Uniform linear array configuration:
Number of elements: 48
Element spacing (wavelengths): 0.75
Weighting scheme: exponential
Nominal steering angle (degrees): -45
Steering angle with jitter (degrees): -43.756
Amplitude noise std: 0.05
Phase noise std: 0.05

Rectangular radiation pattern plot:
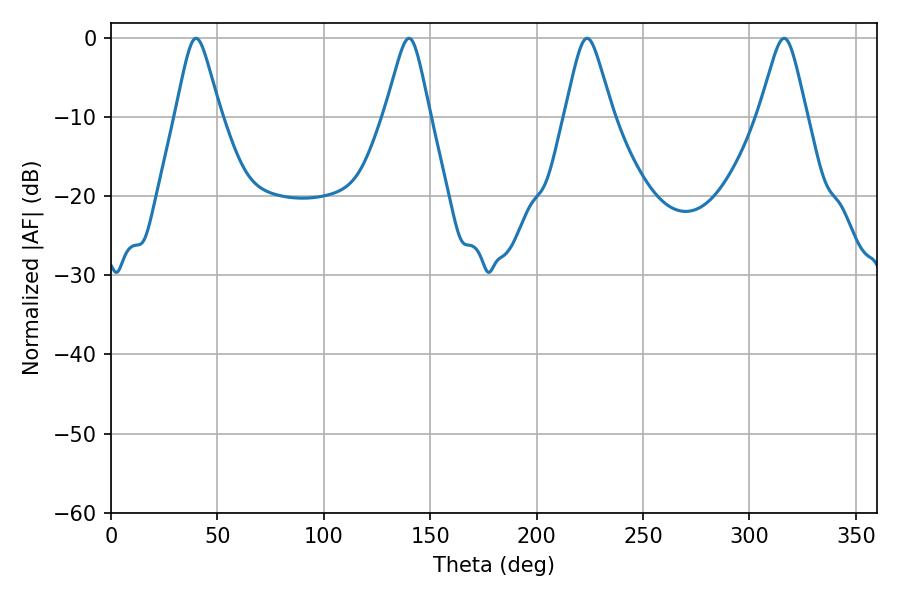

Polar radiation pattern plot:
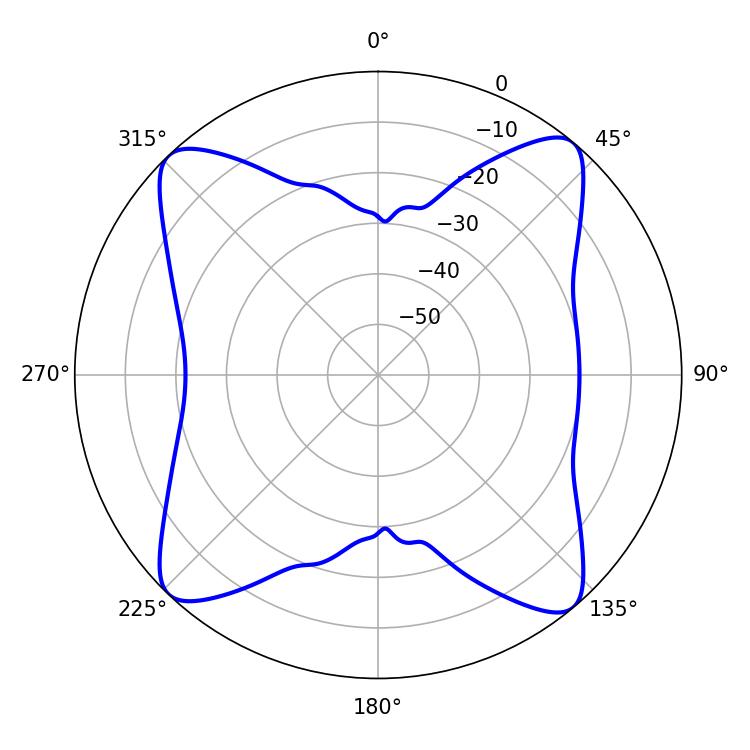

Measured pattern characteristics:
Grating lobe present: TRUE
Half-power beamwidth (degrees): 10.08
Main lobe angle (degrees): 39.96